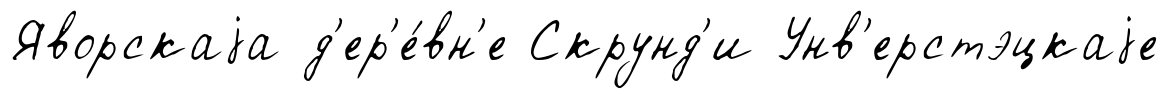
Яворскаjа д'ер'е́вн'е Скрунд'и Унв'ерстэцкаjе